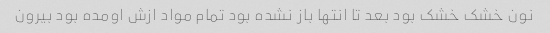
نون خشک خشک بود بعد تا انتها باز نشده بود تمام مواد ازش اومده بود بیرون